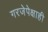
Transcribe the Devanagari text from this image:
गरजेपेक्षाही